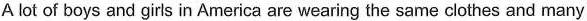
A lot of boys and girls in America are wearing the same clothes and many